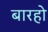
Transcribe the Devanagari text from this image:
बारहो